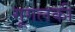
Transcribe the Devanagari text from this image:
गूगलकी